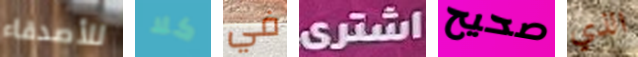
للأصدقاء كلا في اشترى صحيح الذي